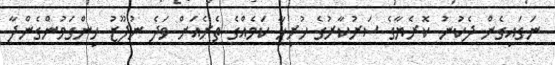
ނަގައިގެން ދެކުނު ކޮރެޔާގެ ސަރުކާރުގެ ހުރިހާ ކަމެއްގެ ތެރެއަށް ވަދެ ނުފޫޒު ހިންގަމުންގެންދާ